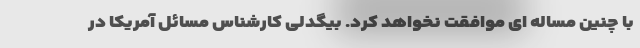
با چنین مساله ای موافقت نخواهد کرد. بیگدلی کارشناس مسائل آمریکا در